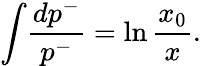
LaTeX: {\int}\frac{dp^{-}}{p^{-}}=\ln\frac{x_{0}}{x}.